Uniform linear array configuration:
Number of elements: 32
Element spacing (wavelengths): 0.75
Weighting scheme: hann
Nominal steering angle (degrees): -45
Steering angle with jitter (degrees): -45.583
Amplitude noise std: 0.05
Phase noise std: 0.05

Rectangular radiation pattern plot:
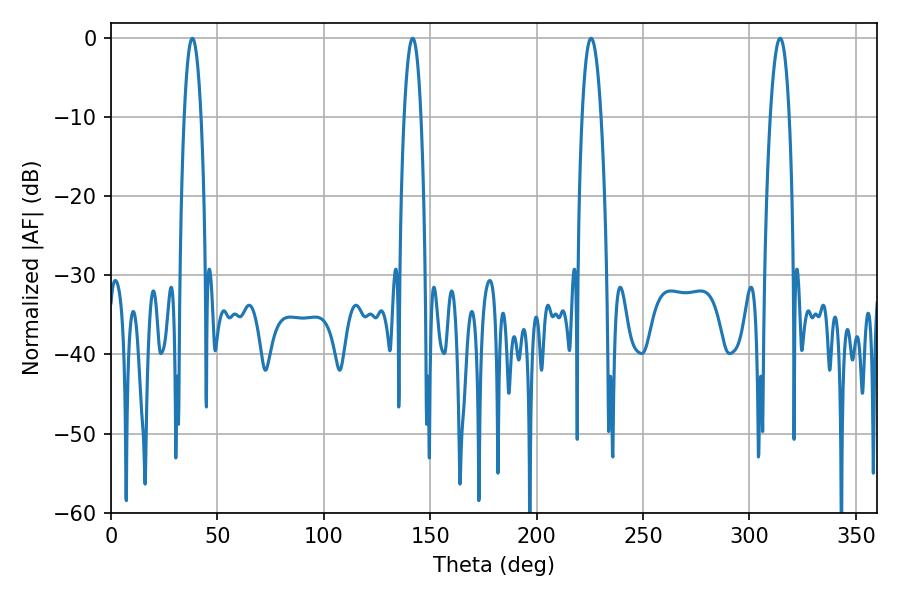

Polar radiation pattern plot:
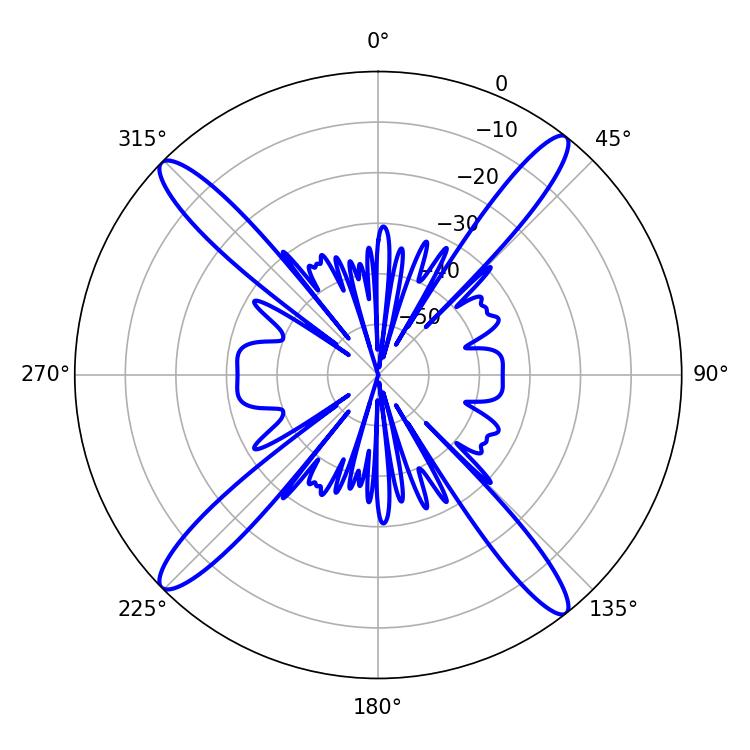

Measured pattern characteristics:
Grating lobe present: TRUE
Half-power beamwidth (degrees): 4.86
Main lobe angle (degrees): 225.54